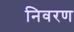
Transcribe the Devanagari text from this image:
निवरण